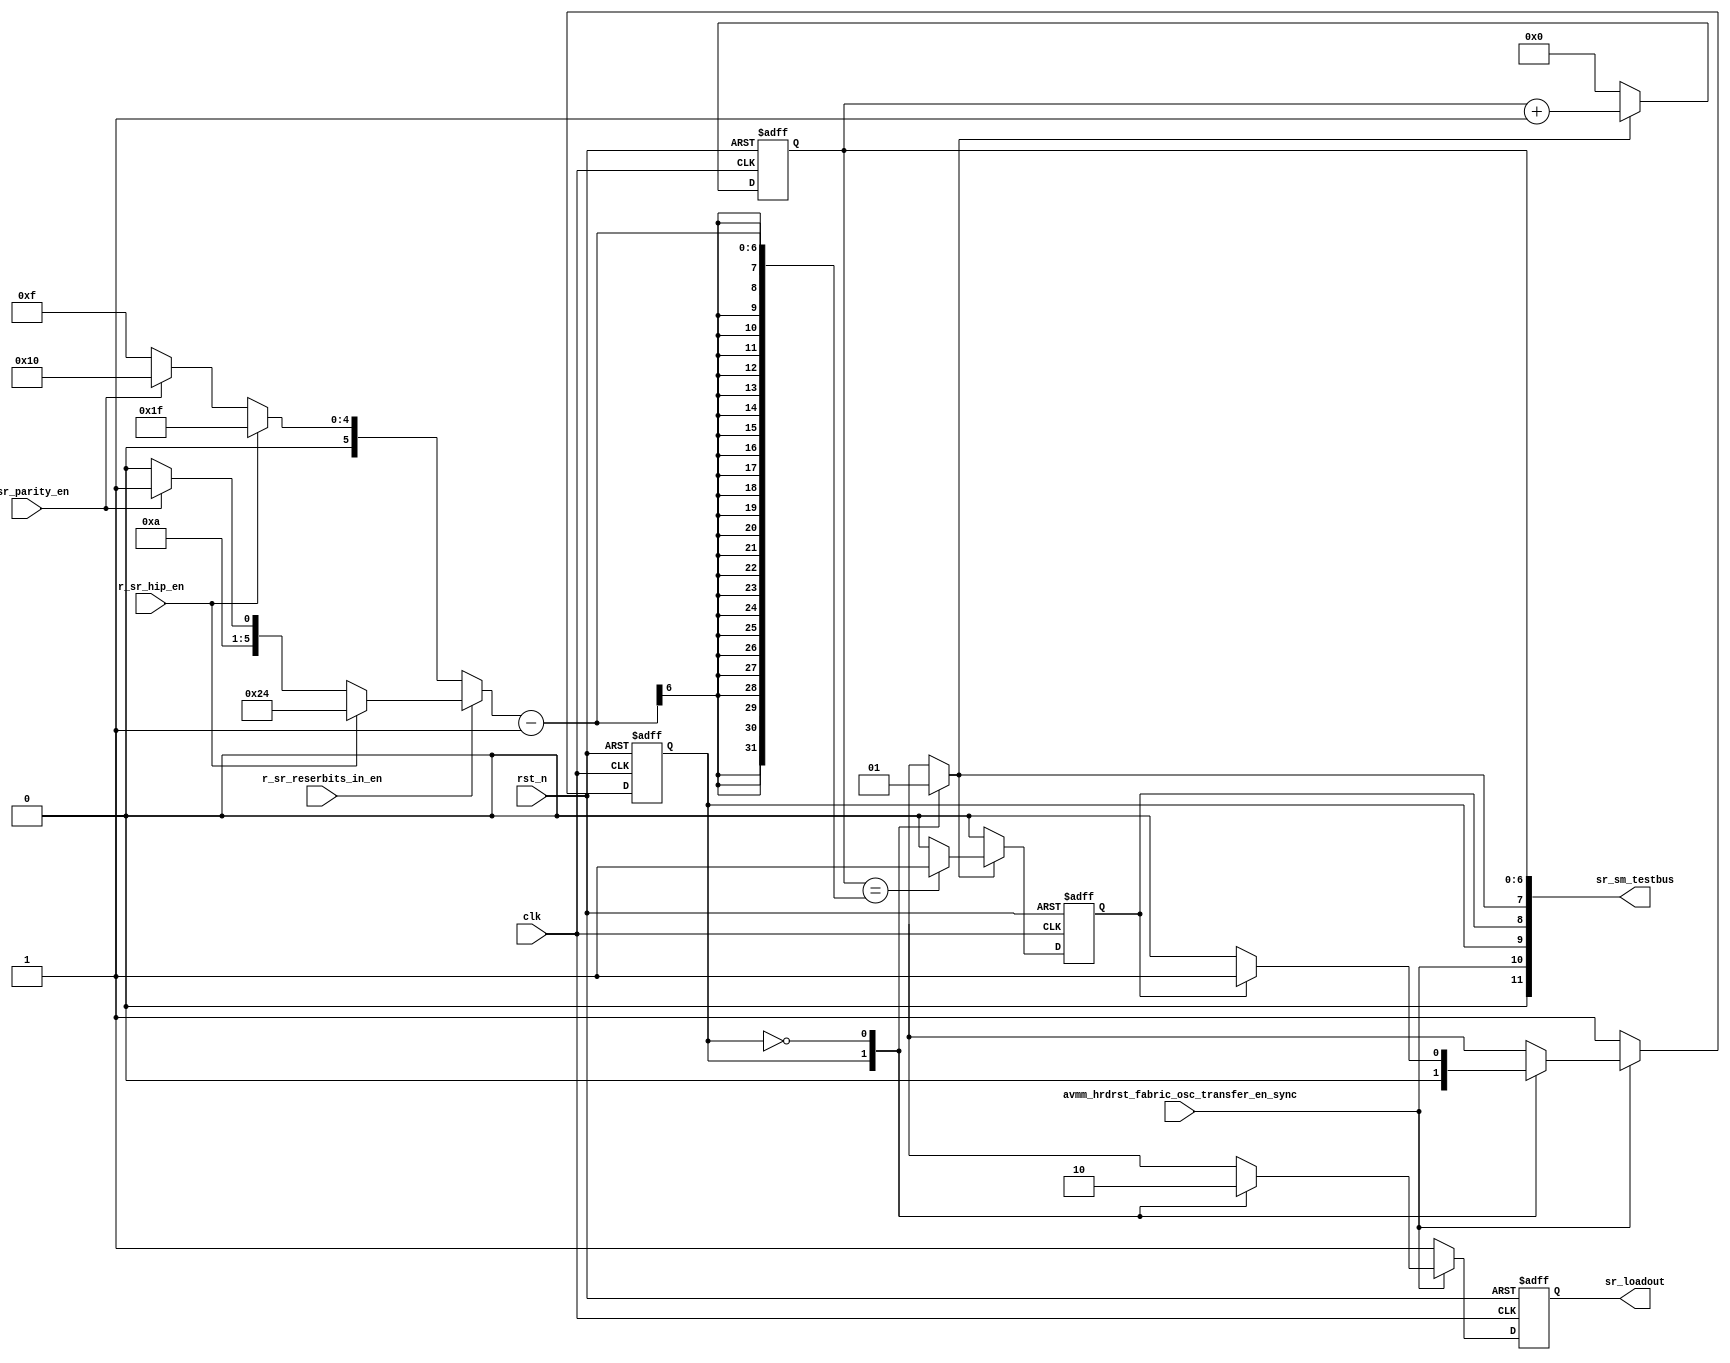
// This program was cloned from: https://github.com/intel/aib-phy-hardware
// License: Apache License 2.0

// SPDX-License-Identifier: Apache-2.0
// Copyright (C) 2019 Intel Corporation. All rights reserved
module hdpldadapt_sr_sm 
 #(
    parameter NUM_OF_PCS_CHAIN   = 7'd16,
    parameter NUM_OF_HIP_CHAIN   = 7'd16,
    parameter NUM_OF_RESERVED_CHAIN_SSRIN = 7'd5, 
    parameter NUM_OF_PARITY_IN = 7'd1
  )
(
input wire  clk,
input wire  rst_n,
input wire  r_sr_hip_en,
input wire  r_sr_parity_en,
input wire  r_sr_reserbits_in_en, 
input wire  avmm_hrdrst_fabric_osc_transfer_en_sync,

output wire [11:0] sr_sm_testbus,
output reg  sr_loadout
);


localparam SR_LOAD  = 1'b1;
localparam SR_SHIFT = 1'b0; 

reg sr_ns;
reg sr_cs;
reg sr_loadout_comb;

reg sr_counter_expired;
reg sr_count_start_comb;
reg  [6:0] sr_counter;
wire [6:0] sr_counter_target;

assign sr_counter_target = (!r_sr_reserbits_in_en) ? (r_sr_hip_en ? (NUM_OF_PCS_CHAIN + NUM_OF_HIP_CHAIN - 1) : !r_sr_parity_en ? (NUM_OF_PCS_CHAIN - 1) : (NUM_OF_PARITY_IN + NUM_OF_PCS_CHAIN - 1) ) :
                                                     (r_sr_hip_en ? (NUM_OF_PCS_CHAIN + NUM_OF_HIP_CHAIN + NUM_OF_RESERVED_CHAIN_SSRIN - 1) : 
                                                     !r_sr_parity_en ? (NUM_OF_PCS_CHAIN + NUM_OF_RESERVED_CHAIN_SSRIN - 1) : (NUM_OF_PARITY_IN + NUM_OF_PCS_CHAIN + NUM_OF_RESERVED_CHAIN_SSRIN - 1));

assign sr_sm_testbus = {1'b0, avmm_hrdrst_fabric_osc_transfer_en_sync, sr_cs, sr_counter_expired, sr_count_start_comb, sr_counter[6:0]};

 
always @(*) begin
  sr_ns = sr_cs;
  sr_loadout_comb = 1'b0;
  sr_count_start_comb = 1'b0;
 
  case (sr_cs)
    SR_LOAD: 
      begin
         sr_loadout_comb      = 1'b1;
         sr_count_start_comb  = 1'b0;
         sr_ns                = SR_SHIFT;
      end
    SR_SHIFT:
      begin
         sr_loadout_comb      = 1'b0;
         sr_count_start_comb  = 1'b1;
         if (sr_counter_expired == 1'b1) 
         begin 
             sr_ns      = SR_LOAD;
         end
      end
    default: 
      begin
         sr_loadout_comb     = 1'b1;
         sr_count_start_comb = 1'b0;
         sr_ns               = SR_LOAD;
      end
  endcase
end


always @(negedge rst_n or posedge clk)
  if (rst_n == 1'b0)
    begin
       sr_loadout <= 1'b1;
       sr_cs      <= SR_LOAD;
    end
  else if (avmm_hrdrst_fabric_osc_transfer_en_sync == 1'b0)
    begin
       sr_loadout <= 1'b1;
       sr_cs      <= SR_LOAD;
    end
  else
    begin
       sr_loadout <= sr_loadout_comb;
       sr_cs      <= sr_ns;
    end
    
always @(negedge rst_n or posedge clk)
  if (rst_n == 1'b0)
    begin
      sr_counter <= 7'b000_0000;
      sr_counter_expired <= 1'b0; 
    end
  else
    begin
       if (sr_count_start_comb == 1'b1) begin
           sr_counter <= sr_counter + 7'b000_0001;
           sr_counter_expired <= (sr_counter[6:0] == (sr_counter_target[6:0]-1))? 1'b1: 1'b0;
       end
       else begin
           sr_counter <= 7'b000_0000;
           sr_counter_expired <= 1'b0;
       end
    end

endmodule